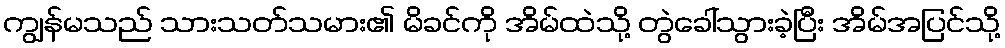
ကျွန်မသည် သားသတ်သမား၏ မိခင်ကို အိမ်ထဲသို့ တွဲခေါ်သွားခဲ့ပြီး အိမ်အပြင်သို့